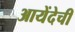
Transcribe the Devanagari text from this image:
आयेंदेची